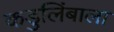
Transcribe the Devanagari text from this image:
कडुलिंबाला